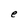
Character: e